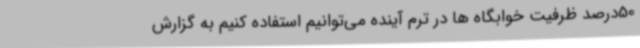
50درصد ظرفیت خوابگاه ها در ترم آینده می‌توانیم استفاده کنیم به گزارش